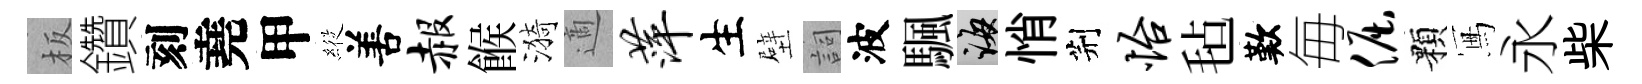
板鑽刻堯甲𦂵𠵊赧餱漪適萍生壁詞波颿誨悄荆怡毡歎毎倔顆冩永柴